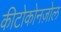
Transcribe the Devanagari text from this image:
कीटोकोनज़ोल